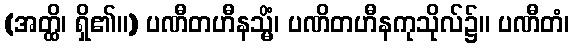
(အတ္ထိ၊ ရှိ၏။) ပဏီတဟီနသ္မိံ၊ ပဏိတဟီနကုသိုလ်၌။ ပဏီတံ၊